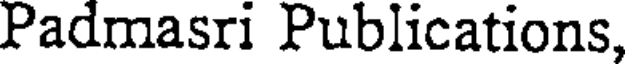
Padmasri Publications,